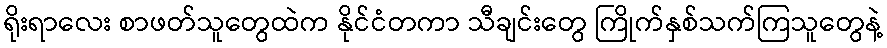
ရိုးရာလေး စာဖတ်သူတွေထဲက နိုင်ငံတကာ သီချင်းတွေ ကြိုက်နှစ်သက်ကြသူတွေနဲ့